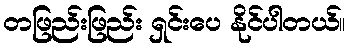
တဖြည်းဖြည်း ရှင်းပေ နိုင်ပါတယ်။